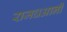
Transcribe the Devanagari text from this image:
राजधआनी